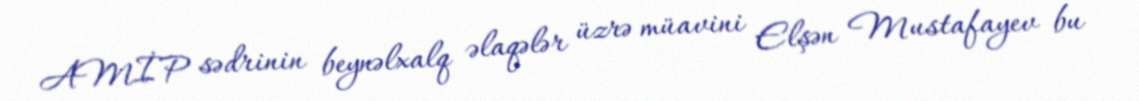
AMİP sədrinin beynəlxalq əlaqələr üzrə müavini Elşən Mustafayev bu